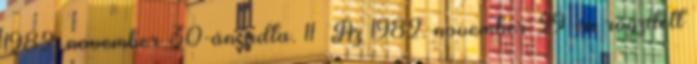
1982. november 30-án adta. 11 Az 1982. november 29-én rögzített